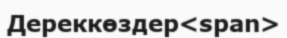
Дереккөздер<span>